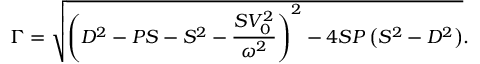
\Gamma = \sqrt { \left( D ^ { 2 } - P S - S ^ { 2 } - \frac { S V _ { 0 } ^ { 2 } } { \omega ^ { 2 } } \right) ^ { 2 } - 4 S P \left( S ^ { 2 } - D ^ { 2 } \right) } .